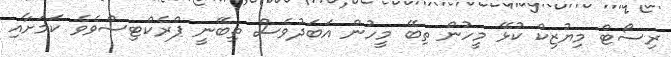
ރިސޯޓް މިޔުޒިކް ކުޅޭ މީހުން ތިބޭ މީހުން އަބަދުވެސް ތިބޭނީ ޕްރެކްޓިސްވެވެ ކަމަށާއި